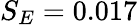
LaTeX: S_{E}=0.017